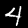
Digit: 4